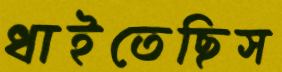
ধাইতেছিস